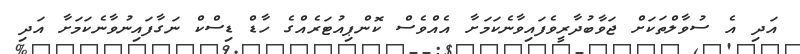
އަދި އެ ސުވާލްތަކަށް ޖަވާބުދާރީވެފައިވާނެކަމަށާ އެއްވެސް ކޮންޕިއުޓަރެއްގެ ހާޑް ޑިސްކް ނަގާފައިނުވާނެކަމަށާ އަދި